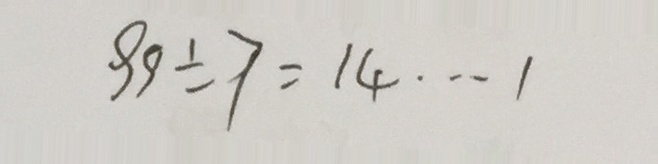
9 9 \div 7 = 1 4 \cdots 1